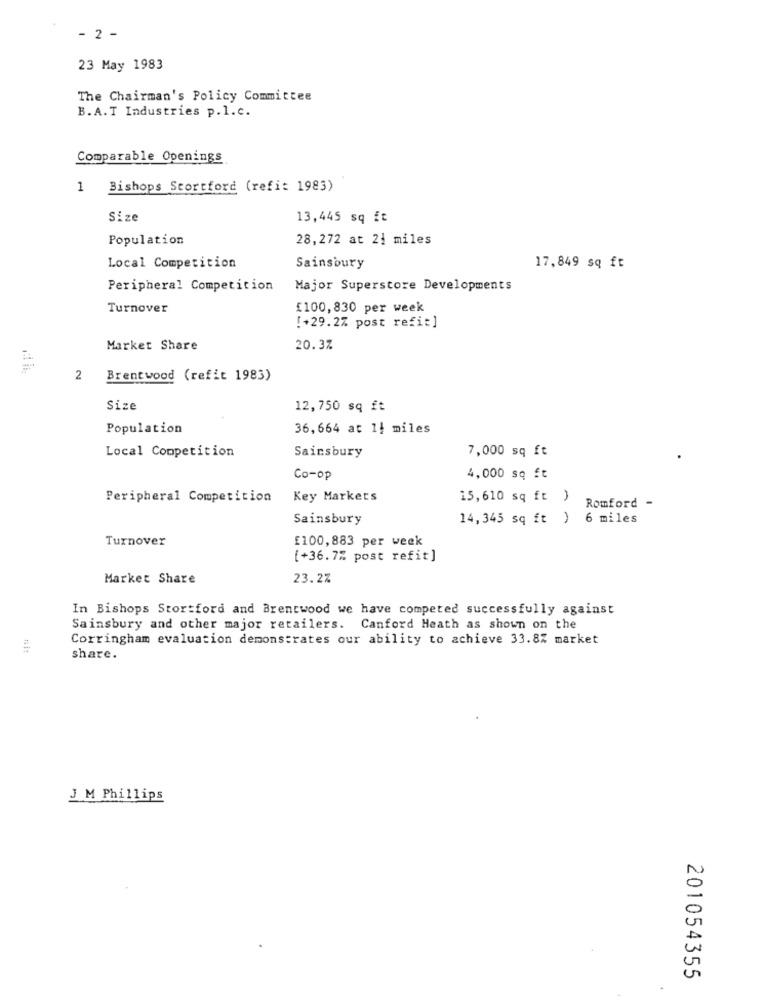
- 2 -
23 May 1983
The Chairman's Policy Committee
B. A.T Industries p.l.c.
Comparable Openings
Bishops Stortford (refit 1983)
Size
13,445 sq ft
Population
28,272 at 21 miles
Local Competition
Sainsbury
17,849 sq ft
Peripheral Competition
Major Superstore Developments
Turnover
£100,830 per week
[+29.2% post refit]
Market Share
20.3%
2
Brentwood (refit 1983)
Size
12,750 sq ft
Population
36,664 at 14 miles
Local Competition
Sainsbury
7,000 sq ft
Co-op
4,000 sq ft
Peripheral Competition
Key Markers
15,610 sq ft )
Romford -
Sainsbury
14,345 sq ft ) 6 miles
Turnover
£100,883 per week
[+36.7% post refit]
Market Share
23.2%
In Bishops Stortford and Brentwood we have competed successfully against
Sainsbury and other major retailers. Canford Heath as shown on the
Corringham evaluation demonstrates our ability to achieve 33.8% market
share.
J M Phillips
201054355